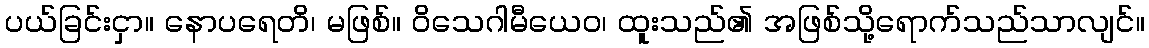
ပယ်ခြင်းငှာ။ နောပရေတိ၊ မဖြစ်။ ဝိသေဂါမီယေဝ၊ ထူးသည်၏ အဖြစ်သို့ရောက်သည်သာလျင်။